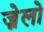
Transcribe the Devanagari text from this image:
ज़ेलो